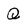
Character: Q